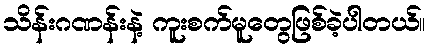
သိန်းဂဏန်းနဲ့ ကူးစက်မူတွေဖြစ်ခဲ့ပါတယ်။